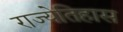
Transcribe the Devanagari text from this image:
राज्येतिहास